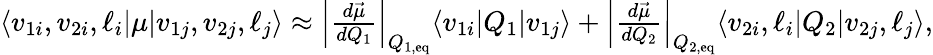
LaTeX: \begin{array}{r}{\langle v_{1i},v_{2i},\ell_{i}\lvert\mu\lvert v_{1j},v_{2j},\ell_{j}\rangle\approx\left|\frac{d\vec{\mu}}{dQ_{1}}\right|_{Q_{1,\mathrm{eq}}}\langle v_{1i}\lvert Q_{1}\lvert v_{1j}\rangle+\left|\frac{d\vec{\mu}}{dQ_{2}}\right|_{Q_{2,\mathrm{eq}}}\langle v_{2i},\ell_{i}\lvert Q_{2}\lvert v_{2j},\ell_{j}\rangle,}\end{array}